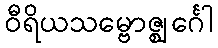
ဝီရိယသမ္ဗောဇ္ဈင်္ဂေါ